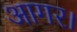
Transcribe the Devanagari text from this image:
आगर।